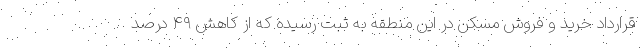
قرارداد خرید و فروش مسکن در این منطقه به ثبت رسیده که از کاهش ۴۹ درصد